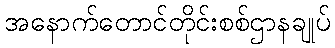
အနောက်တောင်တိုင်းစစ်ဌာနချုပ်